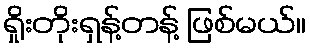
ရှိုးတိုးရှန့်တန့် ဖြစ်မယ်။